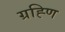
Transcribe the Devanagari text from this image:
ग्रह्णि